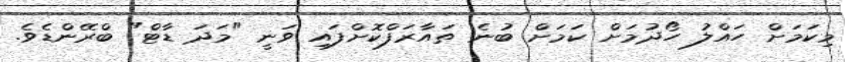
މިކަމަށް ހައްލު ހޯދުމަށް ކަމަށް ބުނެ ތައާރަފްކޮށްފައި ވަނީ "މަދަ ޑާޓް" ބްރޭންޑެވެ.